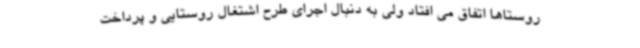
روستاها اتفاق می افتاد ولی به دنبال اجرای طرح اشتغال روستایی و پرداخت